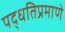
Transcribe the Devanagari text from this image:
पद्धतिप्रमाणे